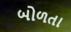
બોળતા